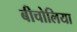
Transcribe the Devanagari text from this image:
बीचोलिया